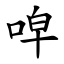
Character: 唕